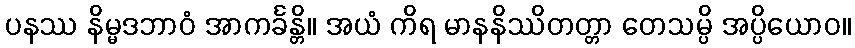
ပနဿ နိမ္မဒဘာဝံ အာကင်္ခန္တိ။ အယံ ကိရ မာနနိဿိတတ္တာ တေသမ္ပိ အပ္ပိယောဝ။